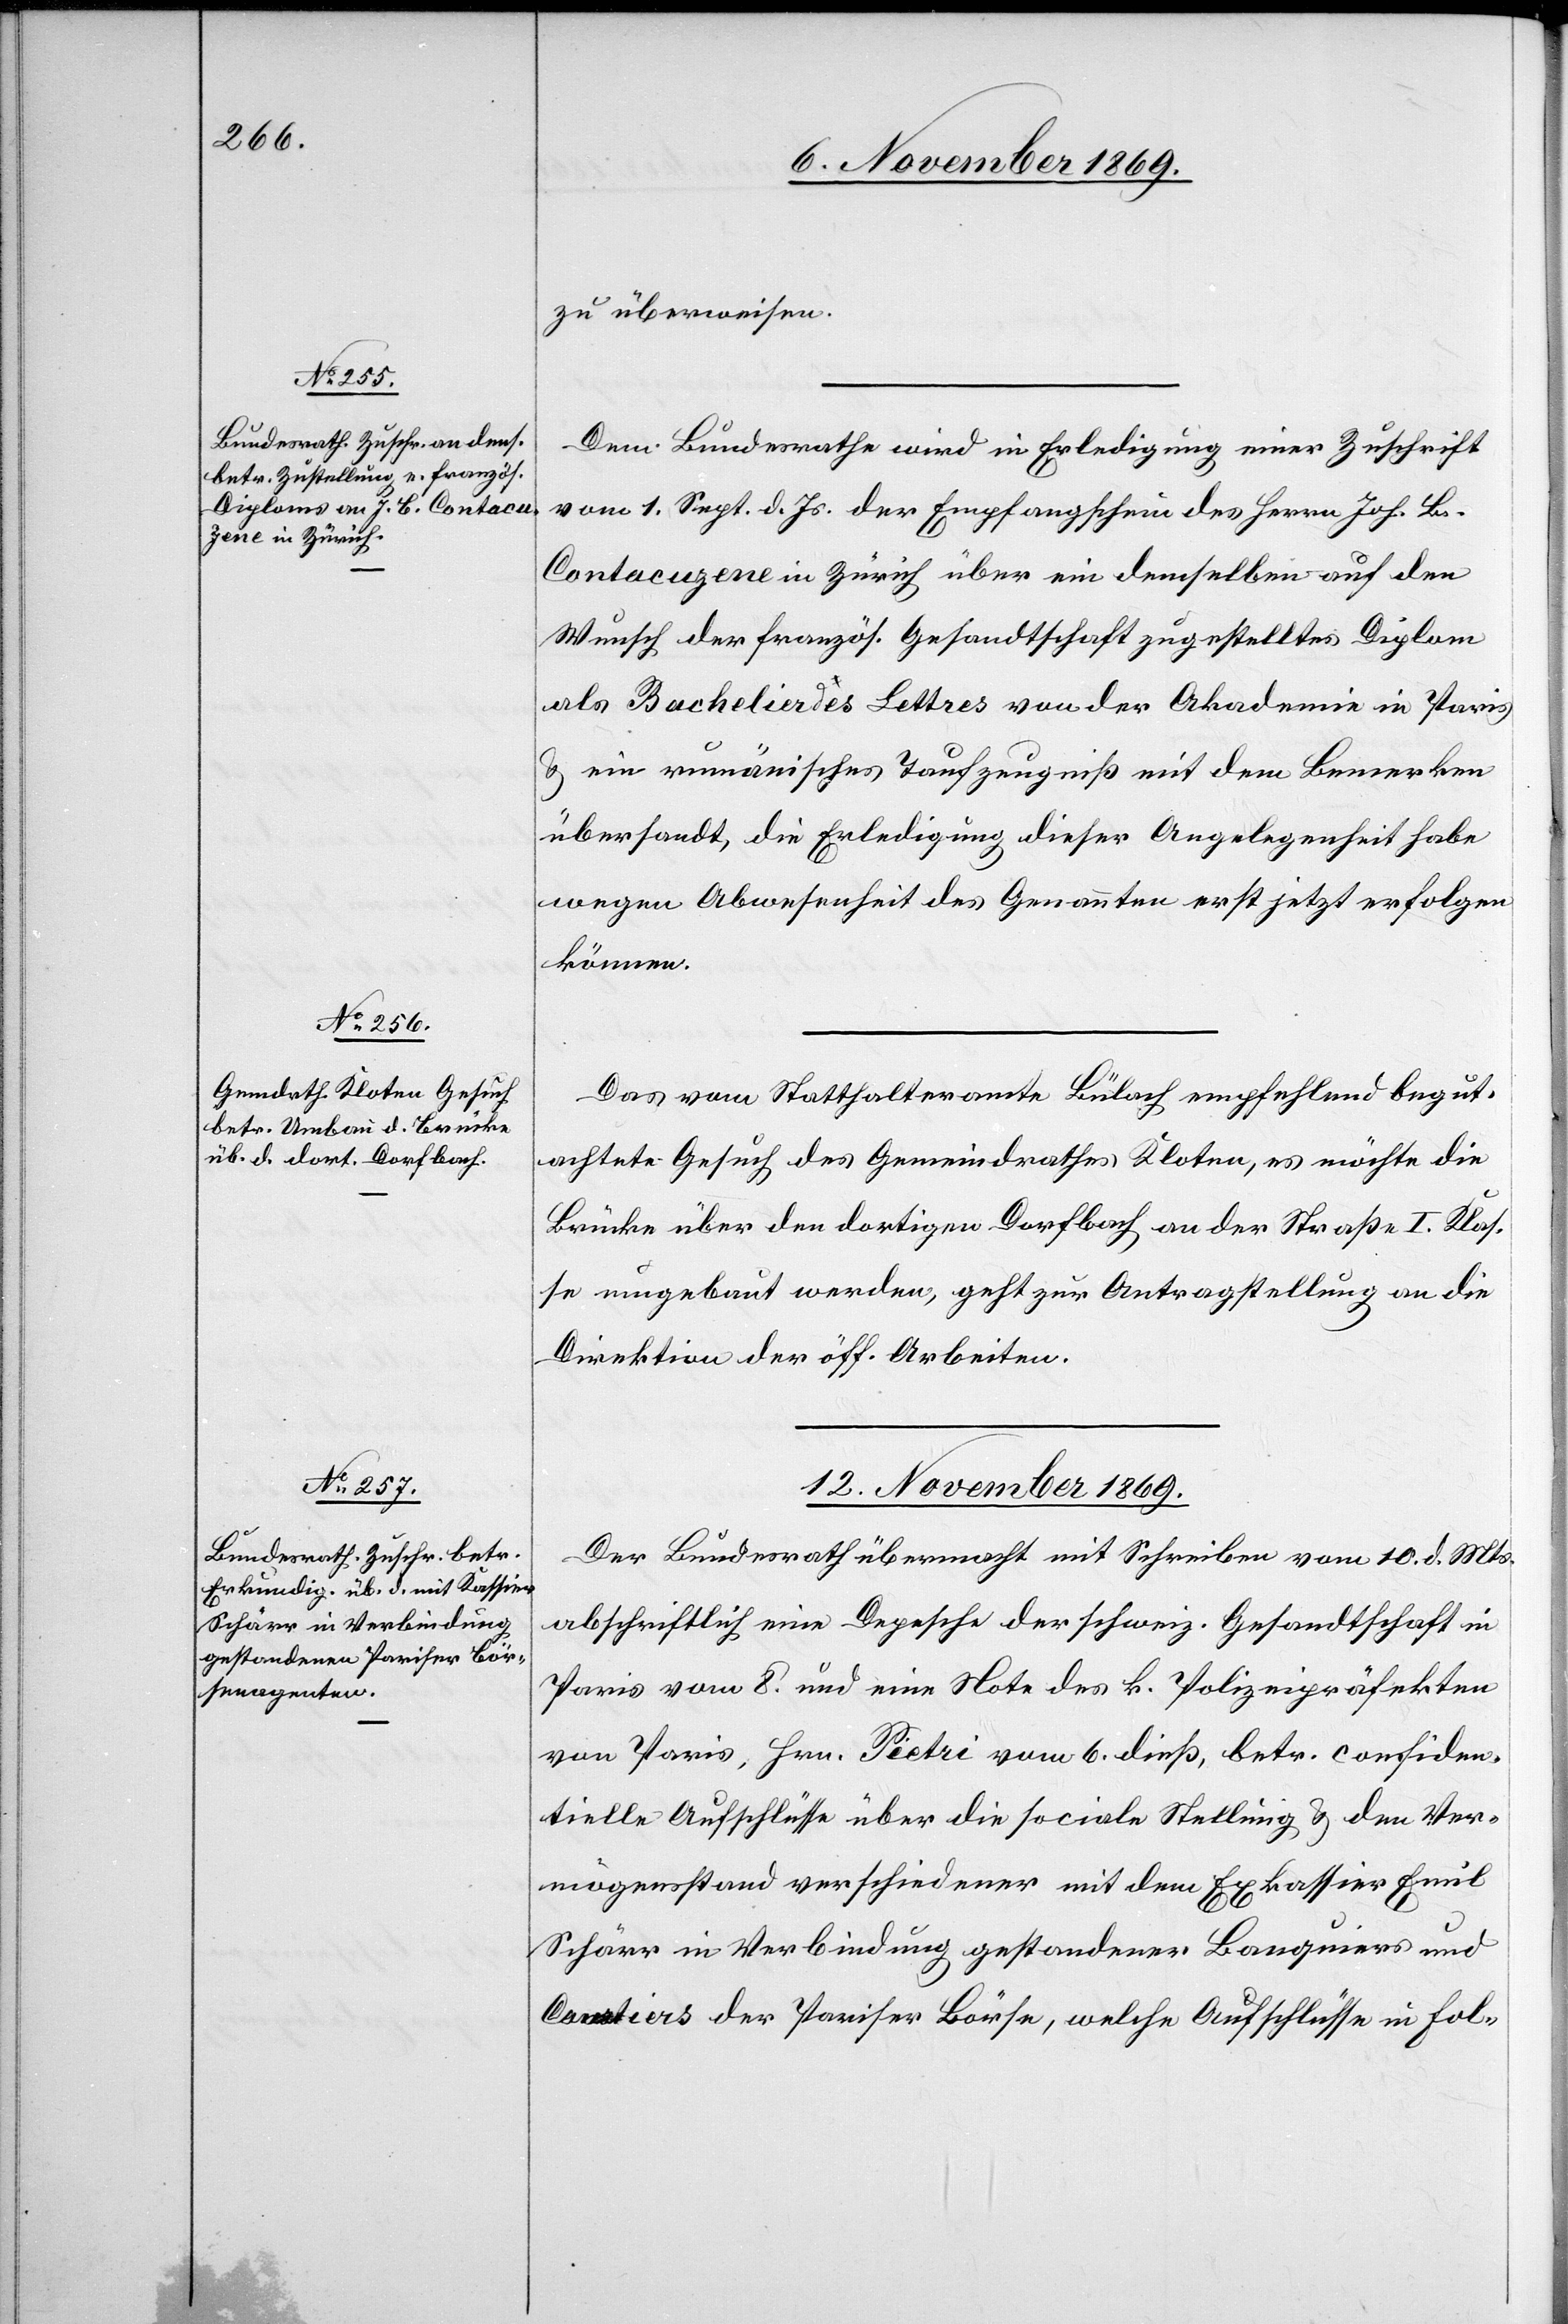
zu überweisen.
Dem Bundesrathe wird in Erledigung einer Zuschrift
vom 1. Sept. d. Js. der Empfangschein des Herrn Joh. B.
Contacuzene in Zürich über ein demselben auf den
Wunsch der französ. Gesandtschaft zugestelltes Diplom
als Bachelier des Lettres von der Akademie in Paris
& ein rumänisches Taufzeugniß mit dem Bemerken
übersandt, die Erledigung dieser Angelegenheit habe
wegen Abwesenheit des Genannten erst jetzt erfolgen
können.
Das vom Statthalteramte Bülach empfehlend begut¬
achtete Gesuch des Gemeindrathes Kloten, es möchte die
Brücke über den dortigen Dorfbach an der Straße I. Klas¬
se umgebaut werden, geht zur Antragstellung an die
Direktion der öff. Arbeiten.
12. November 1869.
Der Bundesrath übermacht mit Schreiben vom 10. d. Mts.
abschriftlich eine Depesche der schweiz. Gesandtschaft in
Paris vom 8. und eine Note des k. Polizeipräfekten
von Paris, Hrn. Pietri vom 6. dieß, betr. confiden¬
tielle Aufschlüsse über die sociale Stellung & den Ver¬
mögensstand verschiedener mit dem Exkassier Emil
Schärr in Verbindung gestandener Banquiers und
Comtiers der Pariser Börse, welche Aufschlüsse in Fol-